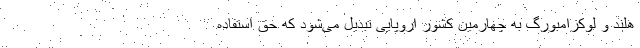
هلند و لوکزامبورگ به چهارمین کشور اروپایی تبدیل می‌شود که حق استفاده